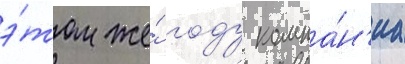
э́том же́ году компа́н'иа